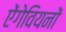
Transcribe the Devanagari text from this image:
ऐंगेवियनों